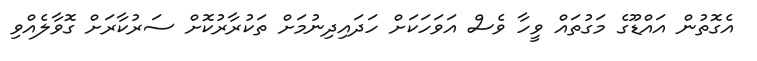
އެގޮތުން އައްޑޫގެ މަގުތައް ވީހާ ވެސް އަވަހަކަށް ހަދައިދިނުމަށް ތަކުރާރުކޮށް ސަރުކާރަށް ގޮވާލެއްވި